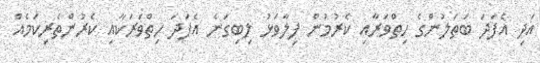
އަދި އެފަދަ ބަތަލުންގެ ހިތްވަރާއި ކެރުމުން ފިލާވަޅު ލިބިގަނެ އެފަދަ ހިތްވަރަކާއި ކެރުންތެރިކަމެއް